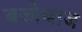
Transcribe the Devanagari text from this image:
बज्जेबाज